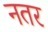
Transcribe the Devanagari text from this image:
नतर